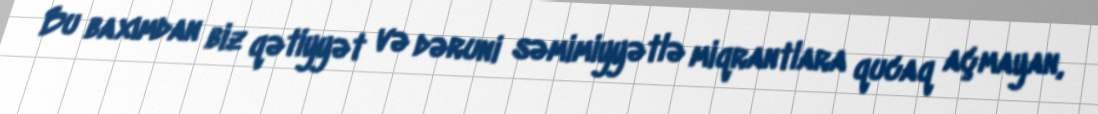
Bu baxımdan biz qətiyyət və dəruni səmimiyyətlə miqrantlara qucaq açmayan,